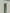
Text: 1